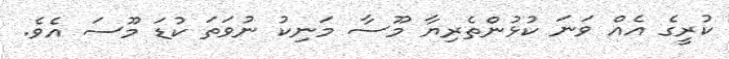
ކުރީގެ އެއް ވަނަ ކުޅުންތެރިޔާ މޫސާ މަނިކު ނުވަތަ ކުޑަ މޫސަ އެވެ.